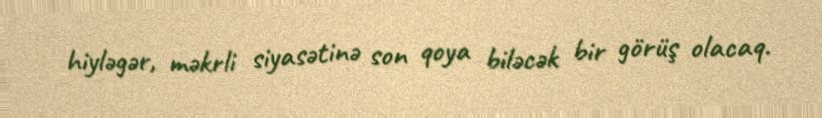
hiyləgər, məkrli siyasətinə son qoya biləcək bir görüş olacaq.